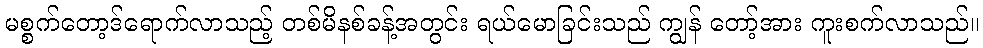
မစ္စက်တော့ဒ်ရောက်လာသည့် တစ်မိနစ်ခန့်အတွင်း ရယ်မောခြင်းသည် ကျွန် တော့်အား ကူးစက်လာသည်။